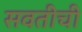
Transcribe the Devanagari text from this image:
सवतीची